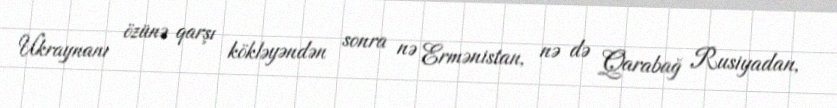
Ukraynanı özünə qarşı kökləyəndən sonra nə Ermənistan, nə də Qarabağ Rusiyadan,